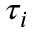
\tau _ { i }